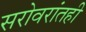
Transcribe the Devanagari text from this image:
सरोवरांतही